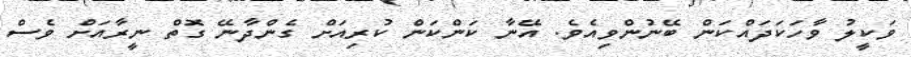
ވަކީލު ވާހަކަދައްކަން ބޭނުންވިއެވެ. އޭނާ ކަންކަން ކުރިއަށް ގެންދާނޭ ގޮތް ނީރާއަށް ވެސް